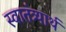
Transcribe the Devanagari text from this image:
स्वातंत्र्यार्थ